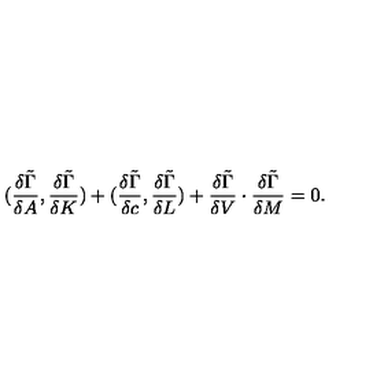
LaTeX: ( { \frac { \delta \tilde { \Gamma } } { \delta A } } , { \frac { \delta \tilde { \Gamma } } { \delta K } } ) + ( { \frac { \delta \tilde { \Gamma } } { \delta c } } , { \frac { \delta \tilde { \Gamma } } { \delta L } } ) + { \frac { \delta \tilde { \Gamma } } { \delta V } } \cdot { \frac { \delta \tilde { \Gamma } } { \delta M } } = 0 .